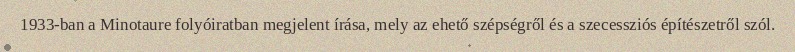
1933-ban a Minotaure folyóiratban megjelent írása, mely az ehető szépségről és a szecessziós építészetről szól.